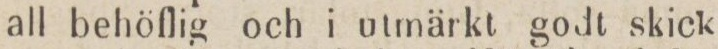
all behöflig och i utmärkt godt skick